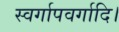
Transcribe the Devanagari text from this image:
स्वर्गापवर्गादि।